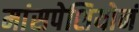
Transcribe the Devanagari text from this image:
मांसपेशियोनं